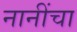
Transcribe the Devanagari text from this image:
नानींचा